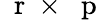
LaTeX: \mathrm{~\mathbf~r~}\times\mathrm{~\mathbf~p~}